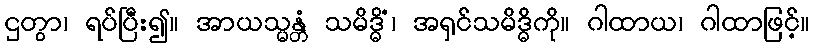
ဌတွာ၊ ရပ်ပြီး၍။ အာယသ္မန္တံ သမိဒ္ဓိံ၊ အရှင်သမိဒ္ဓိကို။ ဂါထာယ၊ ဂါထာဖြင့်။